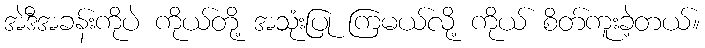
အဲဒီအခန်းကိုပဲ ကိုယ်တို့ အသုံးပြု ကြမယ်လို့ ကိုယ် စိတ်ကူးခဲ့တယ်။